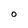
Character: O